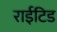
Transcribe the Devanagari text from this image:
राईटिड